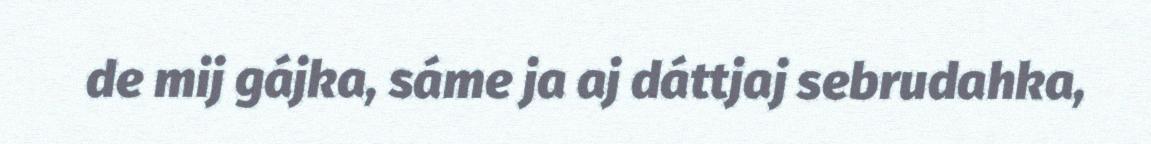
de mij gájka, sáme ja aj dáttjaj sebrudahka,